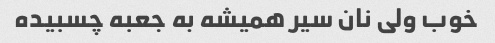
خوب ولی نان سیر همیشه به جعبه چسبیده